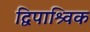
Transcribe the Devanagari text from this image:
द्विपाश्र्विक